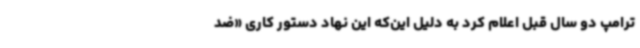
ترامپ دو سال قبل اعلام کرد به دلیل این‌که این نهاد دستور کاری «ضد